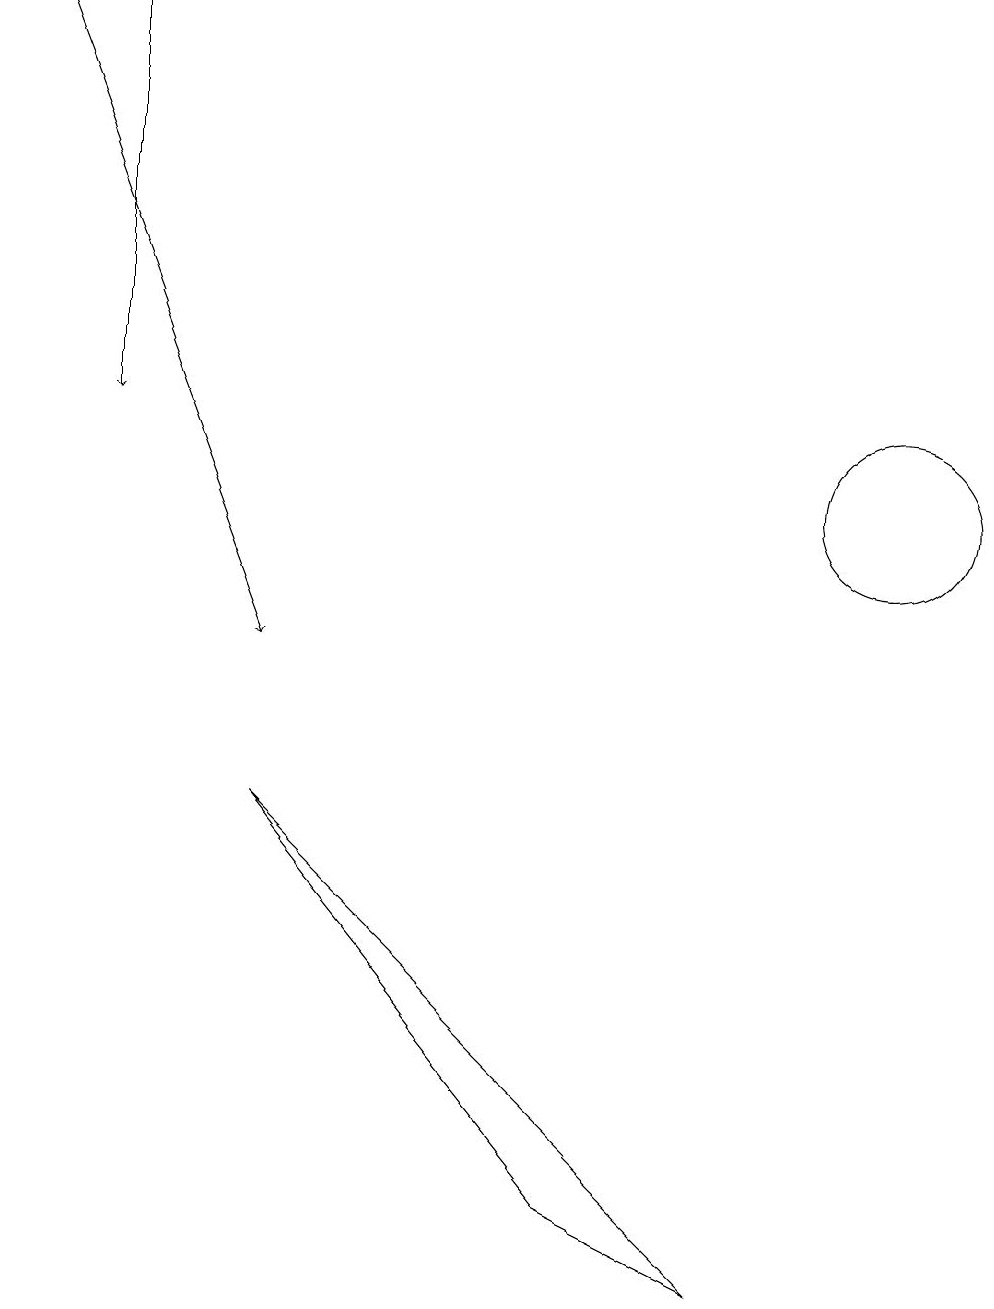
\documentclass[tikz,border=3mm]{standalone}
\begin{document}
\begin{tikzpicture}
\draw (11,12) circle (1);
\draw[->] (1,18) -- (1,13);
\draw (7,3) -- (3,8) -- (9,2) -- cycle;
\draw[->] (0,18) -- (3,10);
\draw (11,11) circle (0);
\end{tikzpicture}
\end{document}